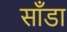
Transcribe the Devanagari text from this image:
साँडा